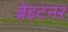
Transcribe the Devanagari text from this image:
ब्रेइटनर